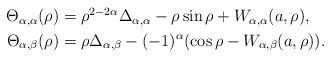
LaTeX: \begin{align*}\begin{aligned} \Theta_{\alpha,\alpha}(\rho)&=\rho^{2-2\alpha}\Delta_{\alpha,\alpha}-\rho\sin\rho+W_{\alpha,\alpha}(a,\rho),\\ \Theta_{\alpha,\beta}(\rho)&=\rho\Delta_{\alpha,\beta}-(-1)^{\alpha}(\cos\rho-W_{\alpha,\beta}(a,\rho)).\end{aligned}\end{align*}